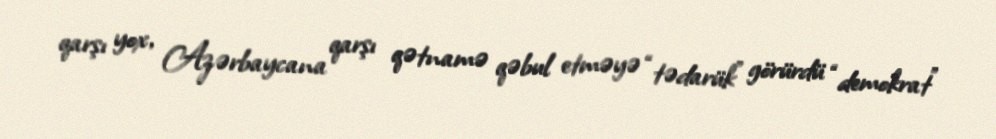
qarşı yox, Azərbaycana qarşı qətnamə qəbul etməyə “tədarük” görürdü “demokrat”